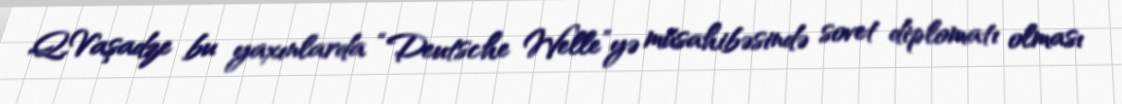
Q.Vaşadze bu yaxınlarda “Deutsche Welle”yə müsahibəsində sovet diplomatı olması